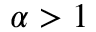
\alpha > 1